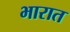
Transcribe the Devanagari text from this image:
भारात